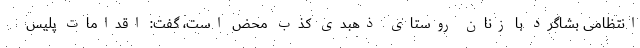
انتظامی بشاگرد با زنان روستای ذهبدی کذب محض است، گفت: اقدامات پلیس